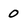
Character: O